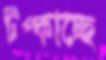
টপ্‌কাচ্ছে